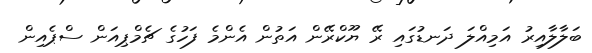
ބަލާލާއިރު އަމިއްލަ ދަނޑުގައި ރޭ ޔޫކްރޭން އަތުން އެންމެ ފަހުގެ ޗެމްޕިއަން ސްޕެއިން